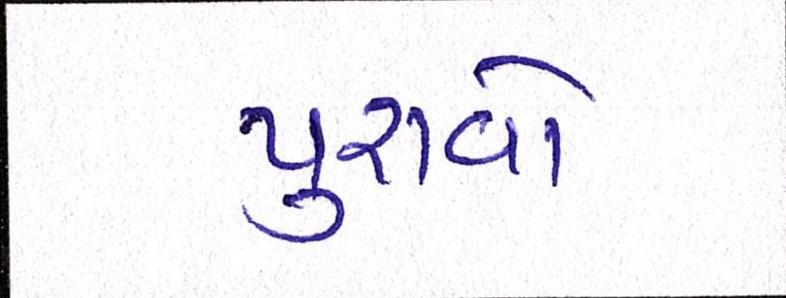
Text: પુરાવો